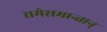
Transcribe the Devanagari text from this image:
समेसमान्तान्